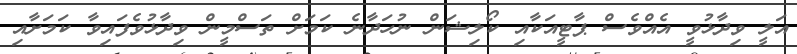
އަލީ ވިދާޅުވީ އެއްވެސް ޕާޓީއަކާއި ކޯލިޝަން ނުހަދާނެ ކަމަށް ތަސްމީން ވިދާޅުވެފައިވާ ކަމަށާއި